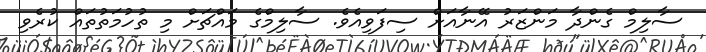
ސާލިމް ގެންދާ މަންޒަރު އޭނާއަށް ސިފަވިއެވެ. ސާލިމްގެ މައްޗަށް މި ތުހުމަތުތައް ކުރެވި